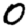
Digit: 0